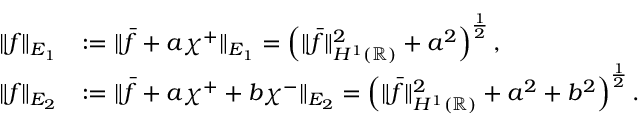
\begin{array} { r l } { \| f \| _ { E _ { 1 } } } & { : = \| \bar { f } + a \chi ^ { + } \| _ { E _ { 1 } } = \left( \| \bar { f } \| _ { H ^ { 1 } ( \mathbb { R } ) } ^ { 2 } + a ^ { 2 } \right) ^ { \frac { 1 } { 2 } } , } \\ { \| f \| _ { E _ { 2 } } } & { : = \| \bar { f } + a \chi ^ { + } + b \chi ^ { - } \| _ { E _ { 2 } } = \left( \| \bar { f } \| _ { H ^ { 1 } ( \mathbb { R } ) } ^ { 2 } + a ^ { 2 } + b ^ { 2 } \right) ^ { \frac { 1 } { 2 } } . } \end{array}